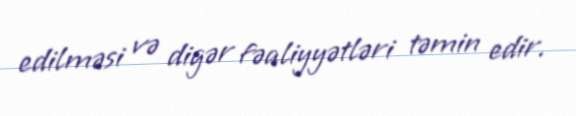
edilməsi və digər fəaliyyətləri təmin edir.